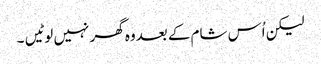
لیکن اُس شام کے بعدوہ گھر نہیں لوٹیں ۔